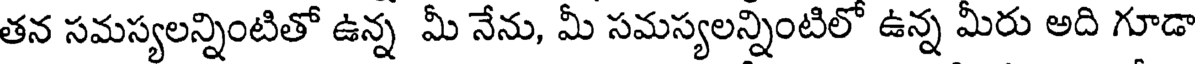
తన సమస్యలన్నింటితో ఉన్న మీ నేను, మీ సమస్యలన్నింటిలో ఉన్న మీరు అది గూడా